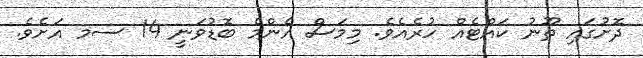
ދޮށުގައި ތޫނު ކައްޓެއް ހުރެއެވެ. މިމަސް އެންމެ ބޮޑުވަނީ 14 ސމ އަށެވެ.